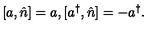
[ a , \hat { n } ] = a , [ a ^ { \dag } , \hat { n } ] = - a ^ { \dag } .